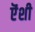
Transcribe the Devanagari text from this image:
ऎंशी